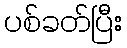
ပစ်ခတ်ပြီး